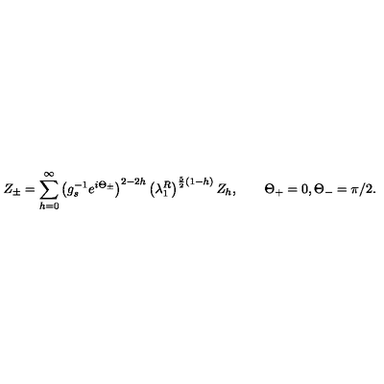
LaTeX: Z _ { \pm } = \sum _ { h = 0 } ^ { \infty } \left( g _ { s } ^ { - 1 } e ^ { i \Theta _ { \pm } } \right) ^ { 2 - 2 h } \left( \lambda _ { 1 } ^ { R } \right) ^ { { \frac { 5 } { 2 } } ( 1 - h ) } Z _ { h } , \qquad \Theta _ { + } = 0 , \Theta _ { - } = \pi / 2 .